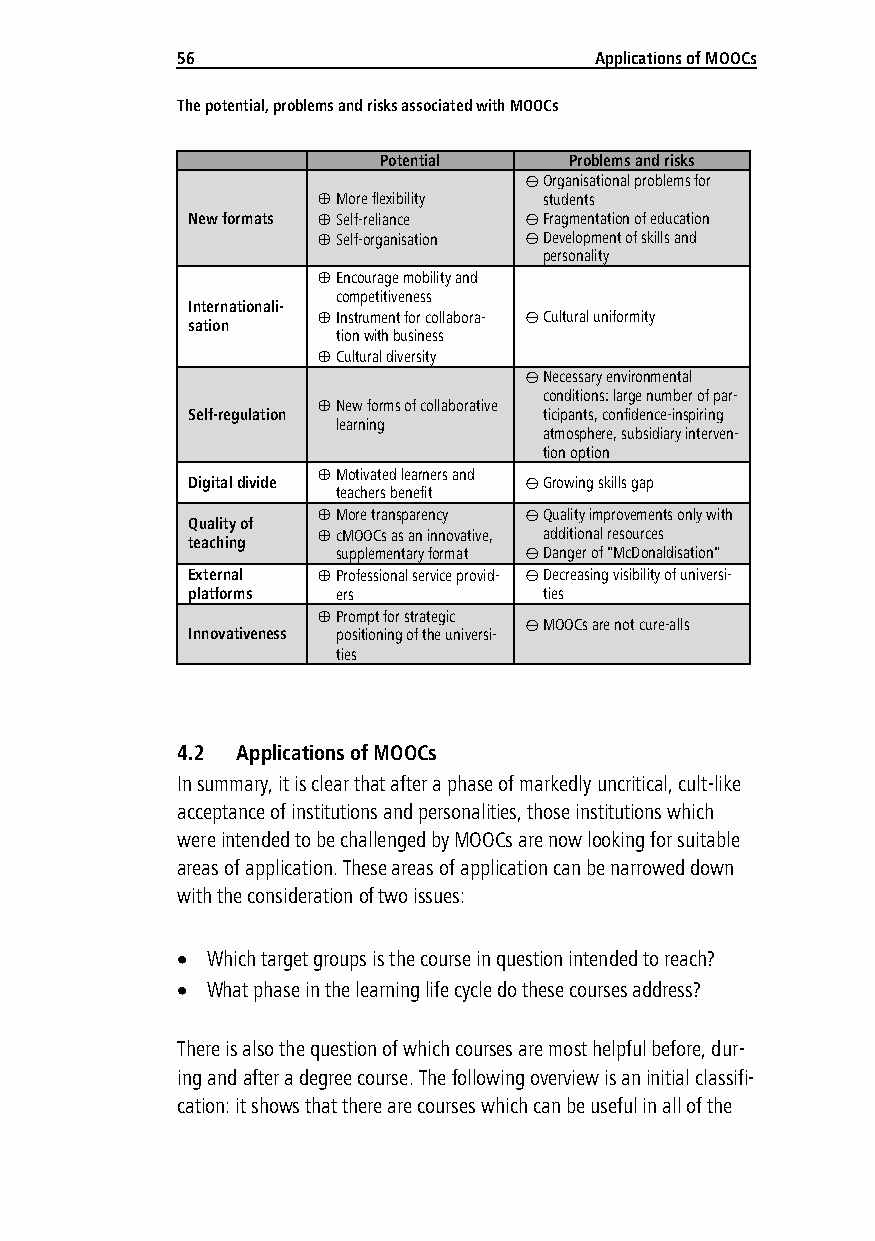
56                         Applications of MOOCs
 The potential, problems and risks associated with MOOCs
 Potential    Problems and risks
  Organisational problems for
  More flexibility students
 New formats  Self-reliance  Fragmentation of education
  Self-organisation  Development of skills and
 personality
  Encourage mobility and
 competitiveness
 Internationali-
  Instrument for collabora-  Cultural uniformity
 sation
 tion with business
  Cultural diversity
  Necessary environmental
 conditions: large number of par-
  New forms of collaborative
 Self-regulation         ticipants, confidence-inspiring
 learning
 atmosphere, subsidiary interven-
 tion option
  Motivated learners and
 Digital divide          Growing skills gap
 teachers benefit
  More transparency  Quality improvements only with
 Quality of
  cMOOCs as an innovative, additional resources
 teaching
 supplementary format  Danger of "McDonaldisation"
 External  Professional service provid-  Decreasing visibility of universi-
 platforms ers           ties
  Prompt for strategic
  MOOCs are not cure-alls
 Innovativeness positioning of the universi-
 ties
 4.2 Applications of MOOCs
 In summary, it is clear that after a phase of markedly uncritical, cult-like
 acceptance of institutions and personalities, those institutions which
 were intended to be challenged by MOOCs are now looking for suitable
 areas of application. These areas of application can be narrowed down
 with the consideration of two issues:
  Which target groups is the course in question intended to reach?
  What phase in the learning life cycle do these courses address?
 There is also the question of which courses are most helpful before, dur-
 ing and after a degree course. The following overview is an initial classifi-
 cation: it shows that there are courses which can be useful in all of the